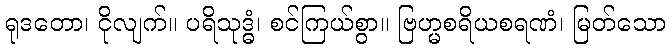
ရုဒတော၊ ငိုလျက်။ ပရိသုဒ္ဓံ၊ စင်ကြယ်စွာ။ ဗြဟ္မစရိယစရဏံ၊ မြတ်သော